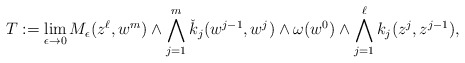
\begin{align*}T:= \lim_{\epsilon\to 0} M_{\epsilon}(z^{\ell},w^m)\wedge\bigwedge_{j=1}^m \check{k}_j(w^{j-1},w^j) \wedge \omega(w^0) \wedge \bigwedge_{j=1}^{\ell} k_j(z^j,z^{j-1}),\end{align*}